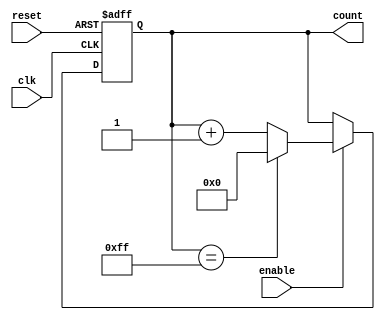
module binary_up_counter (
  input wire clk,
  input wire reset,
  input wire enable,
  
  output reg [7:0] count
);

always @(posedge clk or posedge reset) begin
  if (reset) begin
    count <= 8'b0;
  end else begin
    if (enable) begin
      if (count == 8'b11111111) begin // Max value for an 8-bit counter
        count <= 8'b0;
      end else begin
        count <= count + 1;
      end
    end
  end
end

endmodule